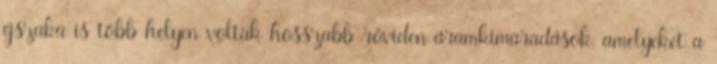
éjszaka is több helyen voltak hosszabb-röviden áramkimaradások, amelyeket a